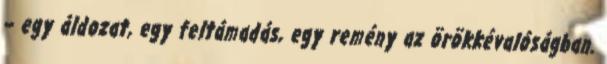
– egy áldozat, egy feltámadás, egy remény az örökkévalóságban.